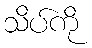
သိပ်ကို